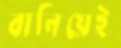
বানিয়েই